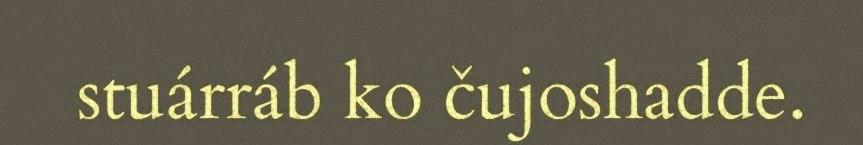
stuárráb ko čujoshadde.